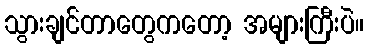
သွားချင်တာတွေကတော့ အများကြီးပဲ။